画像に写った文字を読んでください
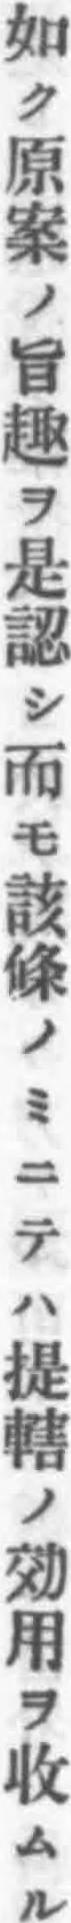
「如ク原案ノ旨趣ヲ是認シ而モ該條ノミニテハ提轄ノ効用ヲ收ムル」と書いてあります